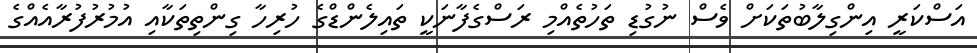
އަސްކަރީ އިންގިލާބުތަކަށް ވެސް ނުގުޑި ތަހުތެއްމި ރަސްގެފާނަކީ ތައިލެންޑްގެ ހުރިހާ ގިންތިތަކާއި އުމުރުފުރާއެއްގެ